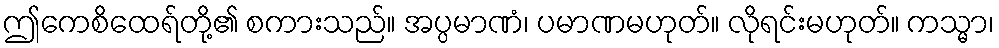
ဤကေစိထေရ်တို့၏ စကားသည်။ အပ္ပမာဏံ၊ ပမာဏမဟုတ်။ လိုရင်းမဟုတ်။ ကသ္မာ၊